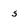
Character: 5